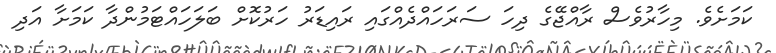
ކަމަށެވެ. މިހާރުވެސް ރާއްޖޭގެ ދިހަ ސަރަހައްދެއްގައި ރައިޑަރު ހަރުކޮށް ބަލަހަައްޓަމުންދާ ކަމަށާ އަދި